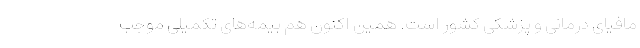
مافیای درمانی و پزشکی کشور است. همین اکنون هم بیمه‌های تکمیلی موجب